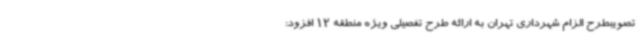
تصویبطرح الزام شهرداری تهران به ارائه طرح تفصیلی ویژه منطقه 12 افزود: